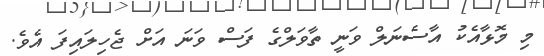
މި މޮޅާއެކު އާސެނަލް ވަނީ ތާވަލްގެ ފަސް ވަނަ އަށް ޖެހިލައިފަ އެވެ.